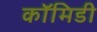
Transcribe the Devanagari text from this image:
कॉमिडी